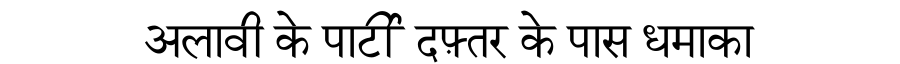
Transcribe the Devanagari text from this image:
अलावी के पार्टी दफ़्तर के पास धमाका